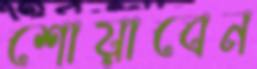
শোয়াবেন